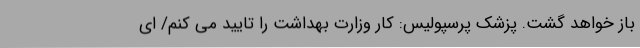
باز خواهد گشت. پزشک پرسپولیس: کار وزارت بهداشت را تایید می کنم/ ای